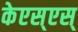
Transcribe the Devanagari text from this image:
केएस्‌एस्‌